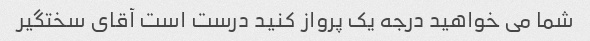
شما می خواهید درجه یک پرواز کنید درست است آقای سختگیر